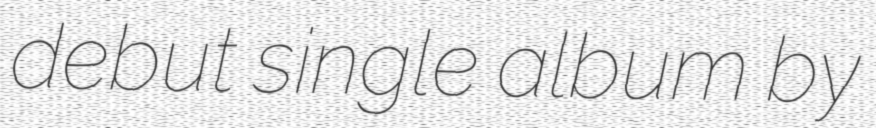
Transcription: debut single album by